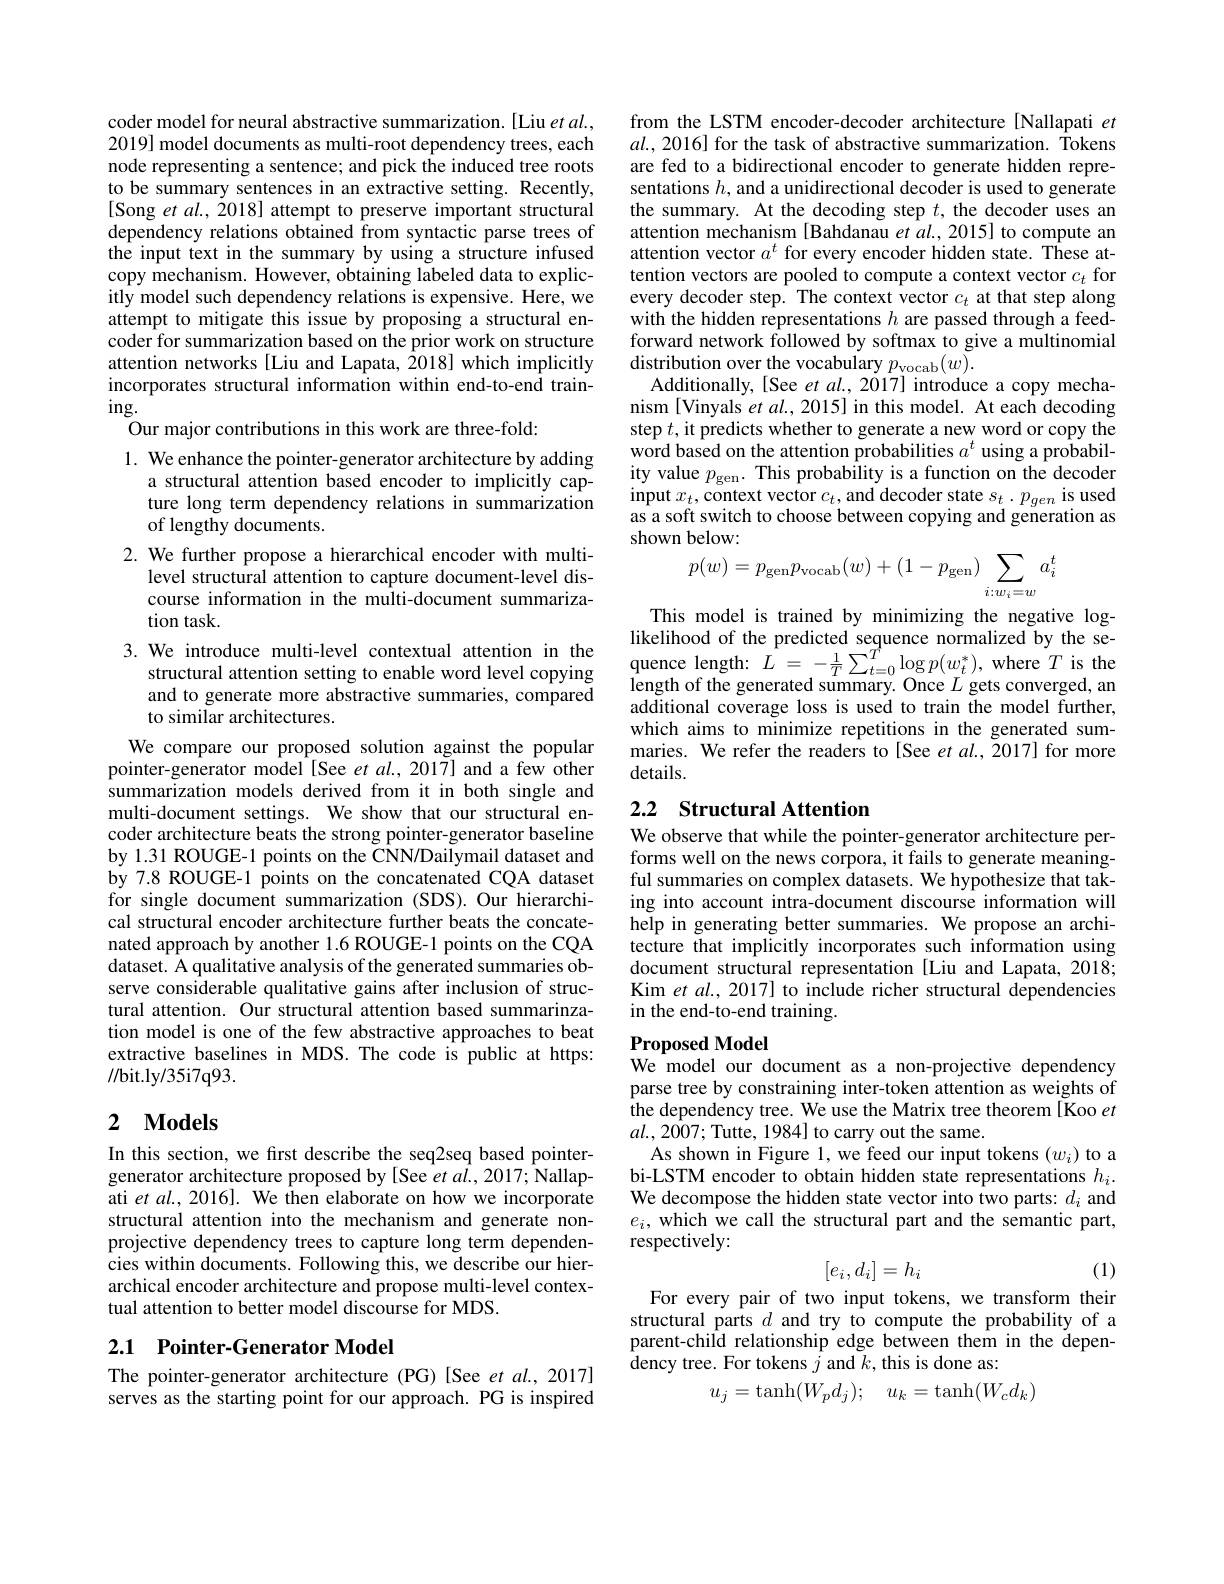
coder model for neural abstractive summarization.[Liu et al., 2019] model documents as multi-root dependency trees, each node representing a sentence; and pick the induced tree roots to be summary sentences in an extractive setting. Recently, [Song et al., 2018] attempt to preserve important structural dependency relations obtained from syntactic parse trees of the input text in the summary by using a structure infused copy mechanism. However, obtaining labeled data to explicitly model such dependency relations is expensive. Here, we attempt to mitigate this issue by proposing a structural encoder for summarization based on the prior work on structure attention networks [Liu and Lapata, 2018] which implicitly incorporates structural information within end-to-end train- $ing.$
Our major contributions in this work are three-fold:

1. We enhance the pointer-generator architecture by adding
a structural attention based encoder to implicitly capture long term dependency relations in summarization of lengthy documents.
2. We further propose a hierarchical encoder with multi-
level structural attention to capture document-level discourse information in the multi-document summarization task.
3.We introduce multi-level contextual attention in the

structural attention setting to enable word level copying and to generate more abstractive summaries, compared to similar architectures.
We compare our proposed solution against the popular pointer-generator model [See et al., 2017] and a few other summarization models derived from it in both single and multi-document settings. We show that our structural encoder architecture beats the strong pointer-generator baseline by 1.31 ROUGE-1 points on the CNN/Dailymail dataset and by 7.8 ROUGE-1 points on the concatenated CQA dataset for single document summarization (SDS). Our hierarchical structural encoder architecture further beats the concatenated approach by another 1.6 ROUGE-1 points on the CQA dataset. A qualitative analysis of the generated summaries observe considerable qualitative gains after inclusion of structural attention. Our structural attention based summarinzation model is one of the few abstractive approaches to beat extractive baselines in MDS. The code is public at https: //bit.ly/35i7q93.

# 2 $\mathbf{Models}$

In this section, we first describe the seq2seq based pointergenerator architecture proposed by [See et al., 2017; Nallapati et al., 2016]. We then elaborate on how we incorporate structural attention into the mechanism and generate nonprojective dependency trees to capture long term dependencies within documents. Following this, we describe our hierarchical encoder architecture and propose multi-level contextual attention to better model discourse for MDS.

## 2.1 Pointer-Generator Model The pointer-generator architecture (PG)[See et al., 2017]

serves as the starting point for our approach. PG is inspired

from the LSTM encoder-decoder architecture[Nallapati $et$ $al. $, 2016] for the task of abstractive summarization. Tokens are fed to a bidirectional encoder to generate hidden representations $h$, and a unidirectional decoder is used to generate the summary. At the decoding step $t$, the decoder uses an attention mechanism [Bahdanau et al., 2015] to compute an attention vector $a^t$ for every encoder hidden state. These attention vectors are pooled to compute a context vector $c_t$ for every decoder step. The context vector $c_t$ at that step along with the hidden representations $h$ are passed through a feedforward network followed by softmax to give a multinomial distribution over the vocabulary $p_\mathrm{vocab}(w).$
Additionally, [See et al., 2017] introduce a copy mechanism [Vinyals et $al.,2015]$ in this model. At each decoding step $t$, it predicts whether to generate a new word or copy the $\hat{\text{word based on the attention probabilities }a^t}$ using a probability value $p_\mathrm{gen}.$ This probability is a function on the decoder $\operatorname*{input}x_{t}$,context vector $c_t$,and decoder state $s_t\cdot p_{gen}$ is used as a soft switch to choose between copying and generation as shown below:
$$p(w)=p_{\mathrm{gen}}p_{\mathrm{vocab}}(w)+(1-p_{\mathrm{gen}})\sum_{i:w_{i}=w}a_{i}^{t}$$
This model is trained by minimizing the negative loglikelihood of the predicted sequence normalized by the se- $\begin{array}{l}{\mathrm{quence~length:~}}{\dot{L}=-\frac{1}{T}\sum_{t=0}^{T^{*}}\log p(w_{t}^{*}),\mathrm{~where~}T\mathrm{~is~the}}\\{\mathrm{length~of~the~generated~summary.~Once~}L\mathrm{~gets~converged,~an}}\end{array}$ additional coverage loss is used to train the model further, which aims to minimize repetitions in the generated summaries. We refer the readers to [See et al., 2017] for more details.

## 2.2 Structural Attention

We observe that while the pointer-generator architecture performs well on the news corpora, it fails to generate meaningful summaries on complex datasets. We hypothesize that taking into account intra-document discourse information will help in generating better summaries. We propose an architecture that implicitly incorporates such information using document structural representation [Liu and Lapata, 2018; Kim et al., 2017] to include richer structural dependencies in the end-to-end training.

# Proposed Model We model our document as a non-projective dependency

parse tree by constraining inter-token attention as weights of the dependency tree. We use the Matrix tree theorem [Koo et $al.,2\hat{007};$Tutte, 1984] to carry out the same.
As shown in Figure 1, we feed our input tokens $(w_i)$ to a bi-LSTM encoder to obtain hidden state representations $h_i.$ We decompose the hidden state vector into two parts: $d_i$ and $e_i$, which we call the structural part and the semantic part, respectively:
$$[e_i,d_i]=h_i$$
(1)

For every pair of two input tokens, we transform their structural parts $d$ and try to compute the probability of a parent-child relationship edge between them in the dependency tree. For tokens $j$ and $k$,this is done as:
$$u_j=\tanh(W_pd_j);\quad u_k=\tanh(W_cd_k)$$